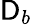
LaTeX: \mathsf{D}_{b}